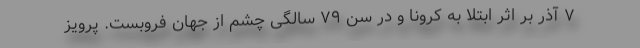
۷ آذر بر اثر ابتلا به کرونا و در سن ۷۹ سالگی چشم از جهان فروبست. پرویز